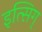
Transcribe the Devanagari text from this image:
इत्सिग्